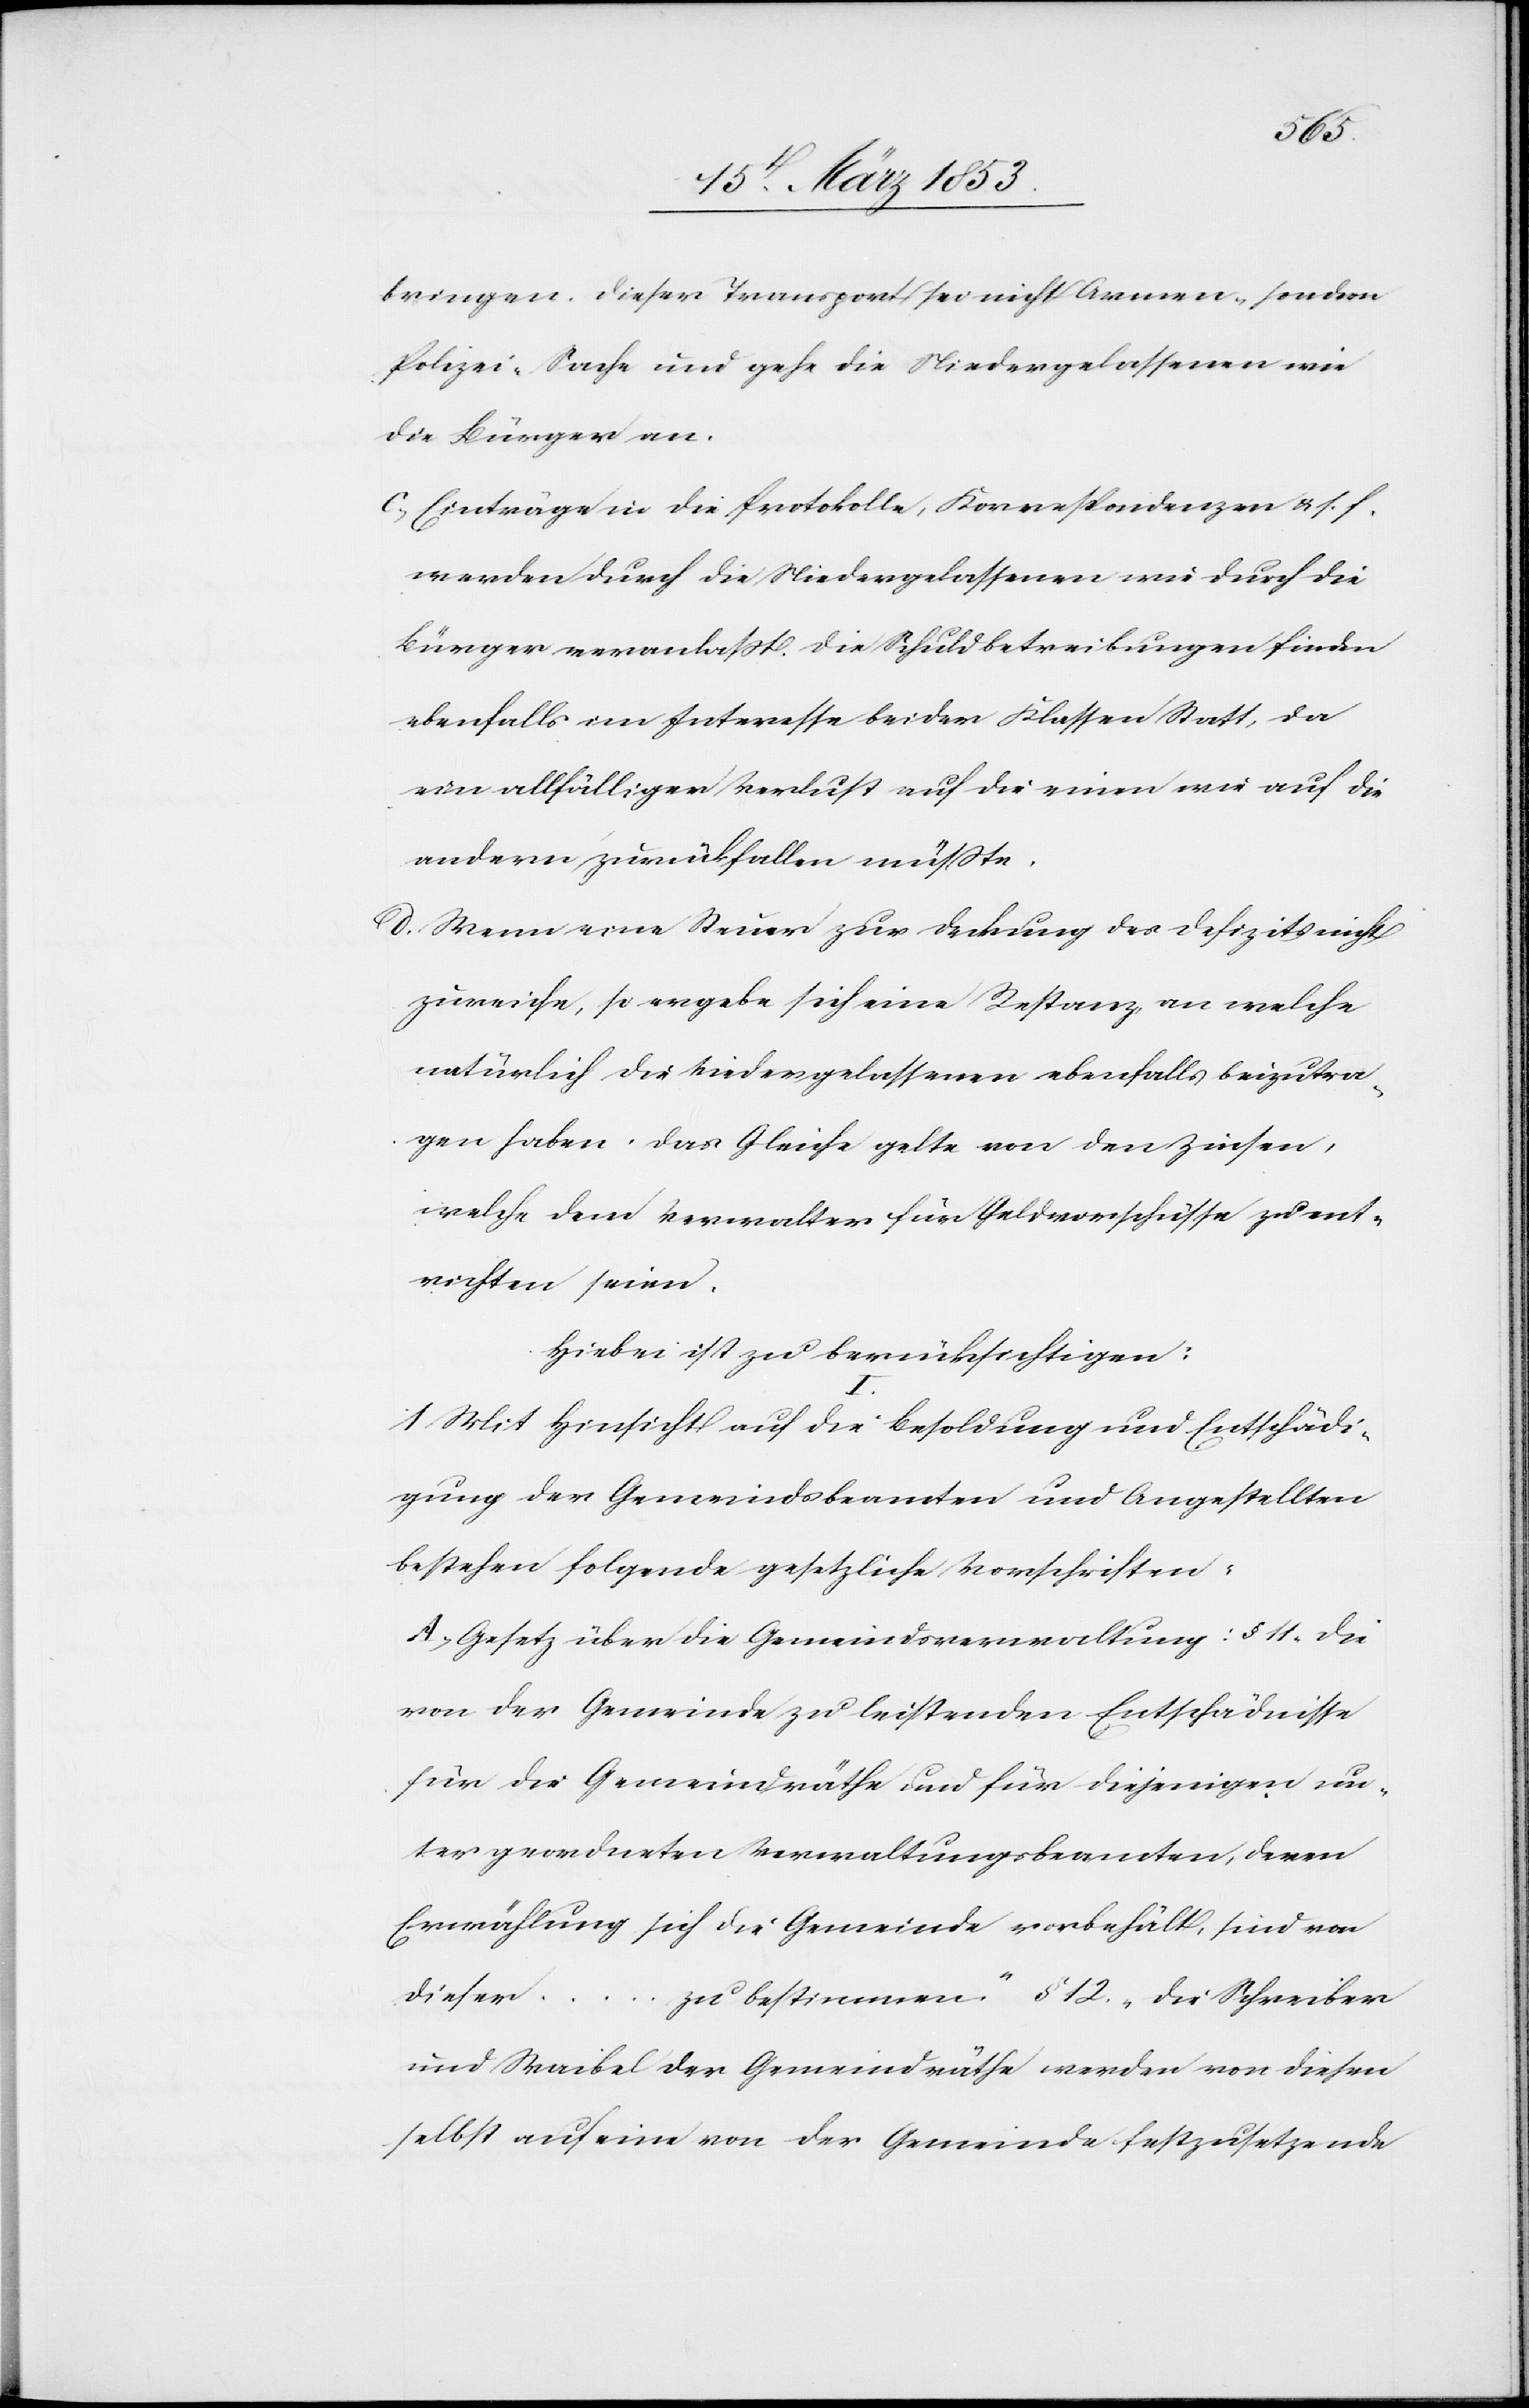
bringen. Dieser Transport sei nicht Armen, sondern
Polizei-Sache und gehe die Niedergelassenen wie
die Bürger an.
c) Einträge in die Protokolle, Korrespondenzen u. s. f.
werden durch die Niedergelassenen wie durch die
Bürger veranlaßt. Die Schuldbetreibungen finden
ebenfalls im Interesse beider Klassen Statt, da
eine allfälliger Verlust auf die einen wie auf die
andern zurückfallen müßte.
d) Wenn eine Steuer zur Deckung des Defizits nicht
zureiche, so ergebe sich eine Restanz an welche
natürlich die Niedergelassenen ebenfalls beizutra¬
gen haben. Das Gleiche gelte von den Zinsen,
welche dem Verwalter für Geldvorschüsse zu ent¬
richten seien.
Hiebei ist zu berücksichtigen:
I.
1) Mit Hinsicht auf die Besoldung und Entschädi¬
gung der Gemeindsbeamteten und Angestellten
bestehen folgende gesetzliche Vorschriften:
A. Gesetz über die Gemeindsverwaltung: §. 11. „Die
von der Gemeinde zu leistenden Entschädnisse
für die Gemeindräthe und für diejenigen un¬
tergeordneten Verwaltungsbeamten, deren
Erwählung sich die Gemeinde vorbehält, sind von
dieser
zu bestimmen.“ §. 12. „Die Schreiber
und Waibel der Gemeindräthe werden von diesen
selbst auf eine von der Gemeinde festzusetzende